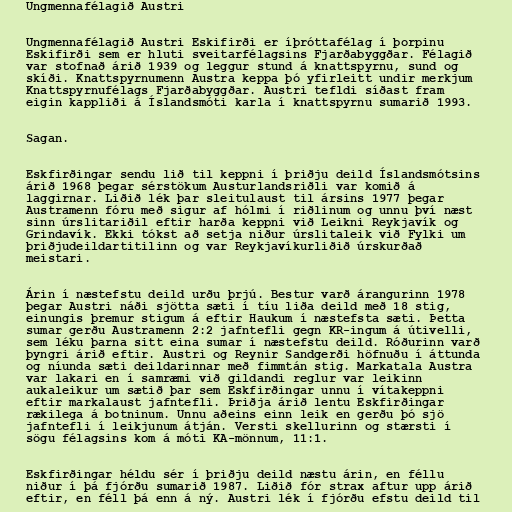
Ungmennafélagið Austri

Ungmennafélagið Austri Eskifirði er íþróttafélag í þorpinu
Eskifirði sem er hluti sveitarfélagsins Fjarðabyggðar. Félagið
var stofnað árið 1939 og leggur stund á knattspyrnu, sund og
skíði. Knattspyrnumenn Austra keppa þó yfirleitt undir merkjum
Knattspyrnufélags Fjarðabyggðar. Austri tefldi síðast fram
eigin kappliði á Íslandsmóti karla í knattspyrnu sumarið 1993.

Sagan.

Eskfirðingar sendu lið til keppni í þriðju deild Íslandsmótsins
árið 1968 þegar sérstökum Austurlandsriðli var komið á
laggirnar. Liðið lék þar sleitulaust til ársins 1977 þegar
Austramenn fóru með sigur af hólmi í riðlinum og unnu því næst
sinn úrslitariðil eftir harða keppni við Leikni Reykjavík og
Grindavík. Ekki tókst að setja niður úrslitaleik við Fylki um
þriðjudeildartitilinn og var Reykjavíkurliðið úrskurðað
meistari.

Árin í næstefstu deild urðu þrjú. Bestur varð árangurinn 1978
þegar Austri náði sjötta sæti í tíu liða deild með 18 stig,
einungis þremur stigum á eftir Haukum í næstefsta sæti. Þetta
sumar gerðu Austramenn 2:2 jafntefli gegn KR-ingum á útivelli,
sem léku þarna sitt eina sumar í næstefstu deild. Róðurinn varð
þyngri árið eftir. Austri og Reynir Sandgerði höfnuðu í áttunda
og níunda sæti deildarinnar með fimmtán stig. Markatala Austra
var lakari en í samræmi við gildandi reglur var leikinn
aukaleikur um sætið þar sem Eskfirðingar unnu í vítakeppni
eftir markalaust jafntefli. Þriðja árið lentu Eskfirðingar
rækilega á botninum. Unnu aðeins einn leik en gerðu þó sjö
jafntefli í leikjunum átján. Versti skellurinn og stærsti í
sögu félagsins kom á móti KA-mönnum, 11:1.

Eskfirðingar héldu sér í þriðju deild næstu árin, en féllu
niður í þá fjórðu sumarið 1987. Liðið fór strax aftur upp árið
eftir, en féll þá enn á ný. Austri lék í fjórðu efstu deild til